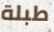
طبلة